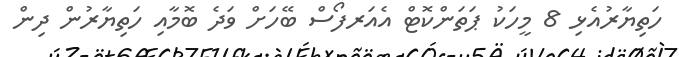
ހަތިޔާރުއެޅި 8 މީހަކު ޕަތަންކޮޓް އެއަރފޯސް ބޭހަށް ވަދެ ބޮމާއި ހަތިޔާރުން ދިން